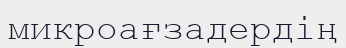
микроағзадердің